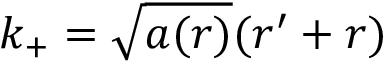
k _ { + } = \sqrt { a ( r ) } ( r ^ { \prime } + r )